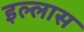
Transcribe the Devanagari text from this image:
इल्लास